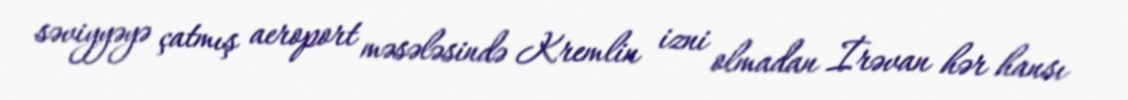
səviyyəyə çatmış aeroport məsələsində Kremlin izni olmadan İrəvan hər hansı